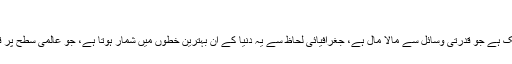
تحریر: اے حسین
پاکستان جنوبی ایشاء کا ایک ایسا ملک ہے جو قدرتی وسائل سے مالا مال ہے، جغرافیائی لحاظ سے یہ دنیا کے اُن بہترین خطوں میں شمار ہوتا ہے، جو عالمی سطح پر قابلِ ذکر مثبت کردار ادا سکتے ہیں۔